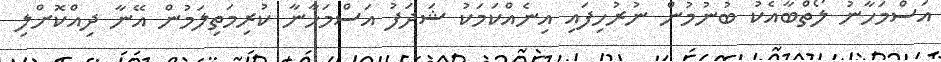
އަސްމަހާނު ލޯތްބާއެކު ބުނުމުން ނުރުހިފައި އިނެއްކަމަކު ޝަދަފު އަސްމަހާނާ ކުރިމަތިލަމުން އޭނާ ދިއްކޮށްލި